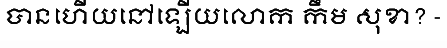
បានហើយនៅឡើយលោក កឹម សុខា? -